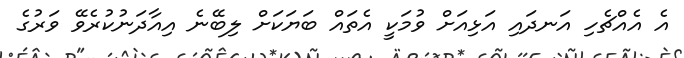
އެ އެއްޗެހި އަނދައި އަޅިއަށް ވުމަކީ އެތައް ބަޔަކަށް ލިބޭނެ އިއާދަނުކުރެވޭ ވަރުގެ